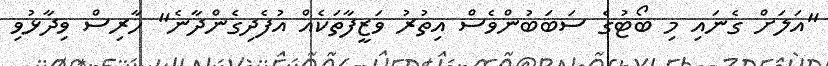
"އަލަށް ގެނައި މި ބޯޓުގެ ސަބަބުންވެސް އިތުުރު ވަޒީފާތަކެއް އުފެދިގެންދާނެ" ހާރިސް ވިދާޅުވި